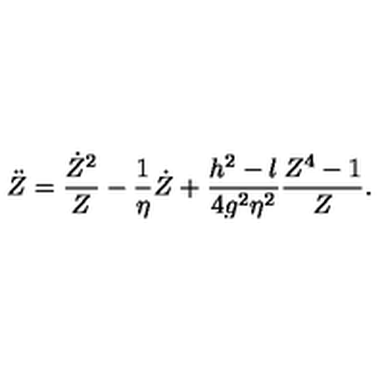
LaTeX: \ddot { Z } = { \frac { \dot { Z } ^ { 2 } } { Z } } - { \frac { 1 } { \eta } } \dot { Z } + { \frac { h ^ { 2 } - l } { 4 g ^ { 2 } \eta ^ { 2 } } } { \frac { Z ^ { 4 } - 1 } { Z } } .